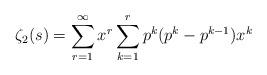
LaTeX: \begin{align*}\zeta_2(s) = \sum_{r=1}^{\infty} x^r \sum_{k=1}^{r} p^k(p^k-p^{k-1})x^k\end{align*}